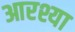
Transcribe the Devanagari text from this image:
आरश्या